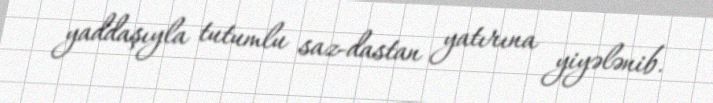
yaddaşıyla tutumlu saz-dastan yatırına yiyələnib.